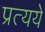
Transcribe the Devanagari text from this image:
प्रत्यये